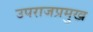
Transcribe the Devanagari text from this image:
उपराजप्रमुख